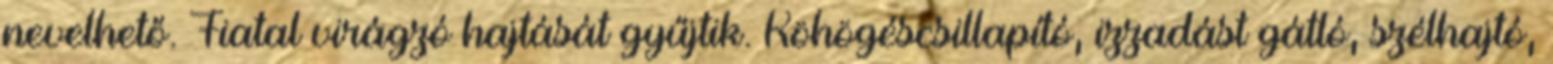
nevelhető. Fiatal virágzó hajtását gyűjtik. Köhögéscsillapító, izzadást gátló, szélhajtó,